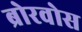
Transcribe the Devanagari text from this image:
ब्रोरवोस